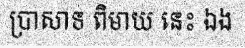
ប្រាសាទ ពិមាយ នេះ ឯង